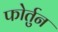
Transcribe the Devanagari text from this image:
फोर्तुन